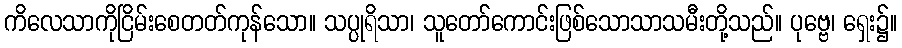
ကိလေသာကိုငြိမ်းစေတတ်ကုန်သော။ သပ္ပုရိသာ၊ သူတော်ကောင်းဖြစ်သောသာသမီးတို့သည်။ ပုဗ္ဗေ၊ ရှေး၌။